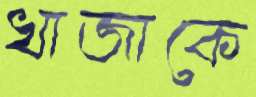
খাজাকে